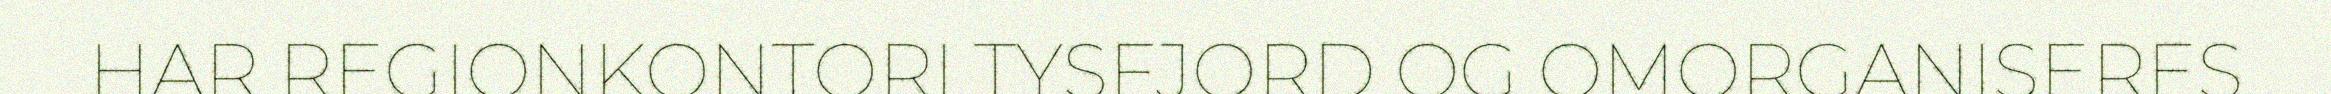
HAR REGIONKONTORI TYSFJORD OG OMORGANISERES